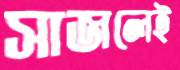
সাজলেই